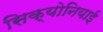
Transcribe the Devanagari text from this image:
सिक्योनियाई